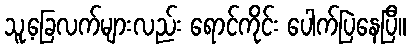
သူ့ခြေလက်များလည်း ရောင်ကိုင်း ပေါက်ပြဲနေပြီ။